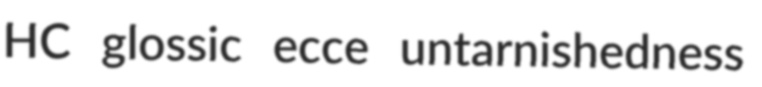
HC glossic ecce untarnishedness